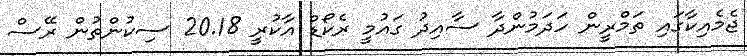
ޖެމެއިކާގައި ތަމްރީން ހަދަމުންދާ ސާއިދު ގައުމީ ރެކޯޑް އާކުރީ 20.18 ސިކުންތުން ރޭސް